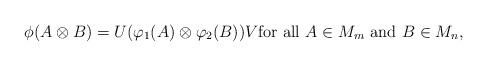
LaTeX: \begin{align*}\phi(A\otimes B)=U(\varphi_1(A)\otimes \varphi_2(B))V \hbox{for all $A\in M_m$ and $ B\in M_n$,}\end{align*}